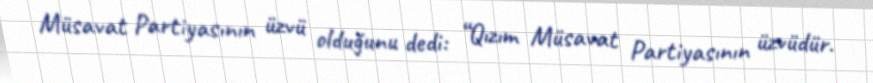
Müsavat Partiyasının üzvü olduğunu dedi: “Qızım Müsavat Partiyasının üzvüdür.